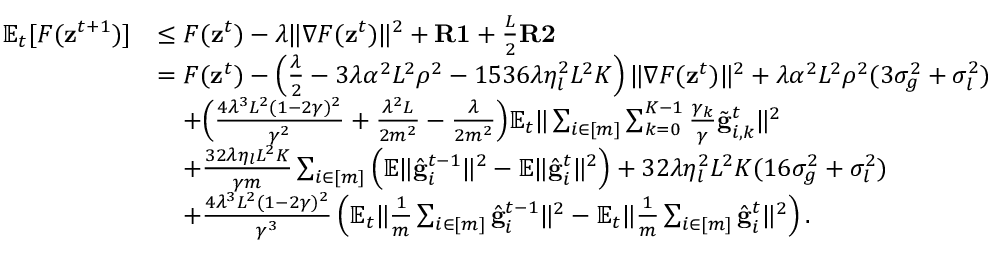
\begin{array} { r l } { \mathbb { E } _ { t } [ F ( \mathbf { z } ^ { t + 1 } ) ] } & { \leq F ( \mathbf { z } ^ { t } ) - \lambda \Vert \nabla F ( \mathbf { z } ^ { t } ) \Vert ^ { 2 } + \mathbf { R 1 } + \frac { L } { 2 } \mathbf { R 2 } } \\ & { = F ( \mathbf { z } ^ { t } ) - \left( \frac { \lambda } { 2 } - 3 \lambda \alpha ^ { 2 } L ^ { 2 } \rho ^ { 2 } - 1 5 3 6 \lambda \eta _ { l } ^ { 2 } L ^ { 2 } K \right) \Vert \nabla F ( \mathbf { z } ^ { t } ) \Vert ^ { 2 } + \lambda \alpha ^ { 2 } L ^ { 2 } \rho ^ { 2 } ( 3 \sigma _ { g } ^ { 2 } + \sigma _ { l } ^ { 2 } ) } \\ & { \quad + \Bigl ( \frac { 4 \lambda ^ { 3 } L ^ { 2 } ( 1 - 2 \gamma ) ^ { 2 } } { \gamma ^ { 2 } } + \frac { \lambda ^ { 2 } L } { 2 m ^ { 2 } } - \frac { \lambda } { 2 m ^ { 2 } } \Bigr ) \mathbb { E } _ { t } \Vert \sum _ { i \in [ m ] } \sum _ { k = 0 } ^ { K - 1 } \frac { \gamma _ { k } } { \gamma } \tilde { \mathbf { g } } _ { i , k } ^ { t } \Vert ^ { 2 } } \\ & { \quad + \frac { 3 2 \lambda \eta _ { l } L ^ { 2 } K } { \gamma m } \sum _ { i \in [ m ] } \left( \mathbb { E } \Vert \hat { \mathbf { g } } _ { i } ^ { t - 1 } \Vert ^ { 2 } - \mathbb { E } \Vert \hat { \mathbf { g } } _ { i } ^ { t } \Vert ^ { 2 } \right) + 3 2 \lambda \eta _ { l } ^ { 2 } L ^ { 2 } K ( 1 6 \sigma _ { g } ^ { 2 } + \sigma _ { l } ^ { 2 } ) } \\ & { \quad + \frac { 4 \lambda ^ { 3 } L ^ { 2 } ( 1 - 2 \gamma ) ^ { 2 } } { \gamma ^ { 3 } } \left( \mathbb { E } _ { t } \Vert \frac { 1 } { m } \sum _ { i \in [ m ] } \hat { \mathbf { g } } _ { i } ^ { t - 1 } \Vert ^ { 2 } - \mathbb { E } _ { t } \Vert \frac { 1 } { m } \sum _ { i \in [ m ] } \hat { \mathbf { g } } _ { i } ^ { t } \Vert ^ { 2 } \right) . } \end{array}